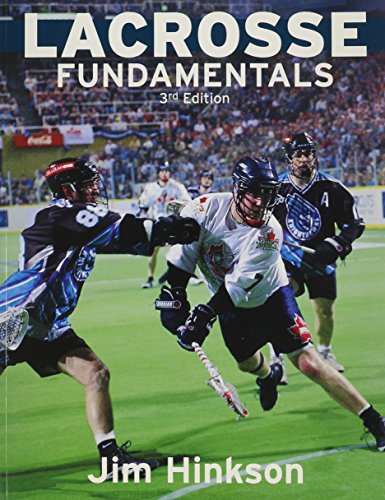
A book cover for Lacrosse Fundamentals; Jim Hinkson; Sports & Outdoors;